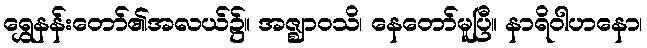
ရွှေနန်းတော်၏အလယ်၌။ အဇ္ဈာဝသိ၊ နေတော်မူပြီ။ နာရိဝါဟနော၊